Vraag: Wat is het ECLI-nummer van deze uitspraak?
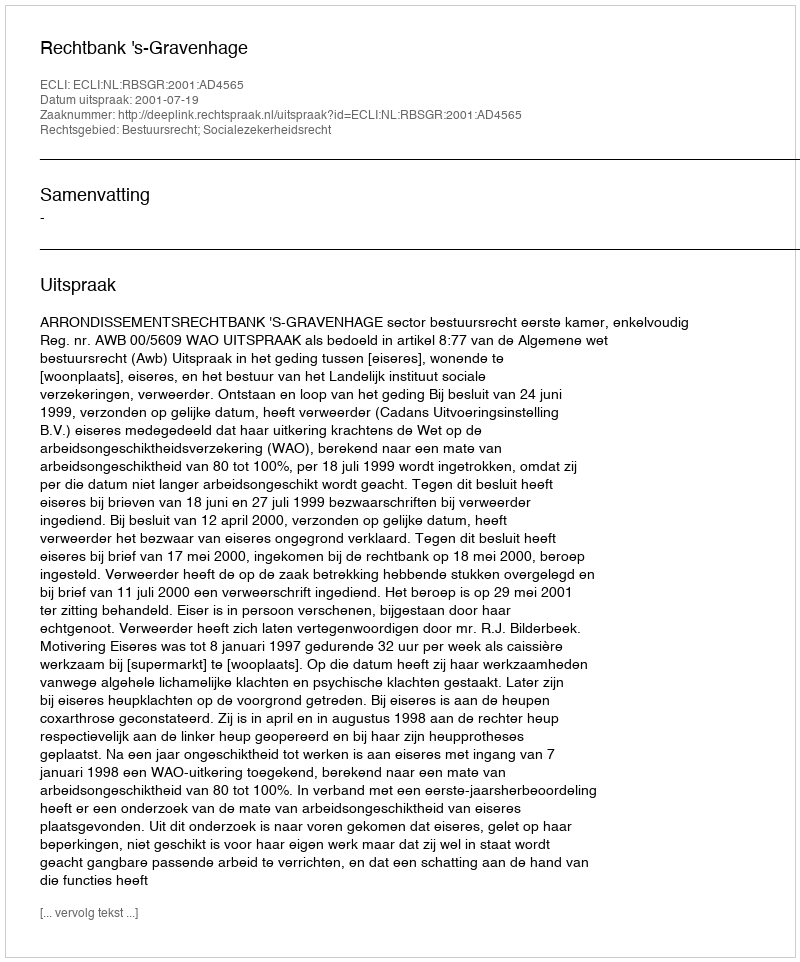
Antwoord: ECLI:NL:RBSGR:2001:AD4565